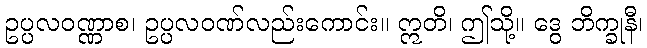
ဥပ္ပလဝဏ္ဏာစ၊ ဥပ္ပလဝဏ်လည်းကောင်း။ ဣတိ၊ ဤသို့။ ဒွေ ဘိက္ခုနီ၊